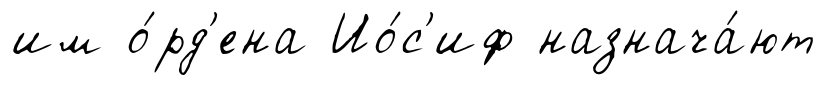
им о́рд'ена Ио́с'иф назнача́ют